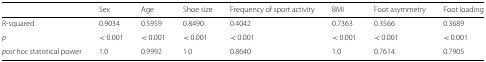
|  | Sex | Age | Shoe size | Frequency of sport activity | BMI | Foot asymmetry | Foot loading |
 | --- | --- | --- | --- | --- | --- | --- | --- |
 | R-squared | 0.9034 | 0.5959 | 0.8490 | 0.4042 | 0.7363 | 0.3566 | 0.3689 |
 | p | < 0.001 | < 0.001 | < 0.001 | < 0.001 | < 0.001 | < 0.001 | < 0.001 |
 | post hoc statistical power | 1.0 | 0.9992 | 1.0 | 0.8640 | 1.0 | 0.7614 | 0.7905 |